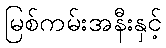
မြစ်ကမ်းအနီးနှင့်